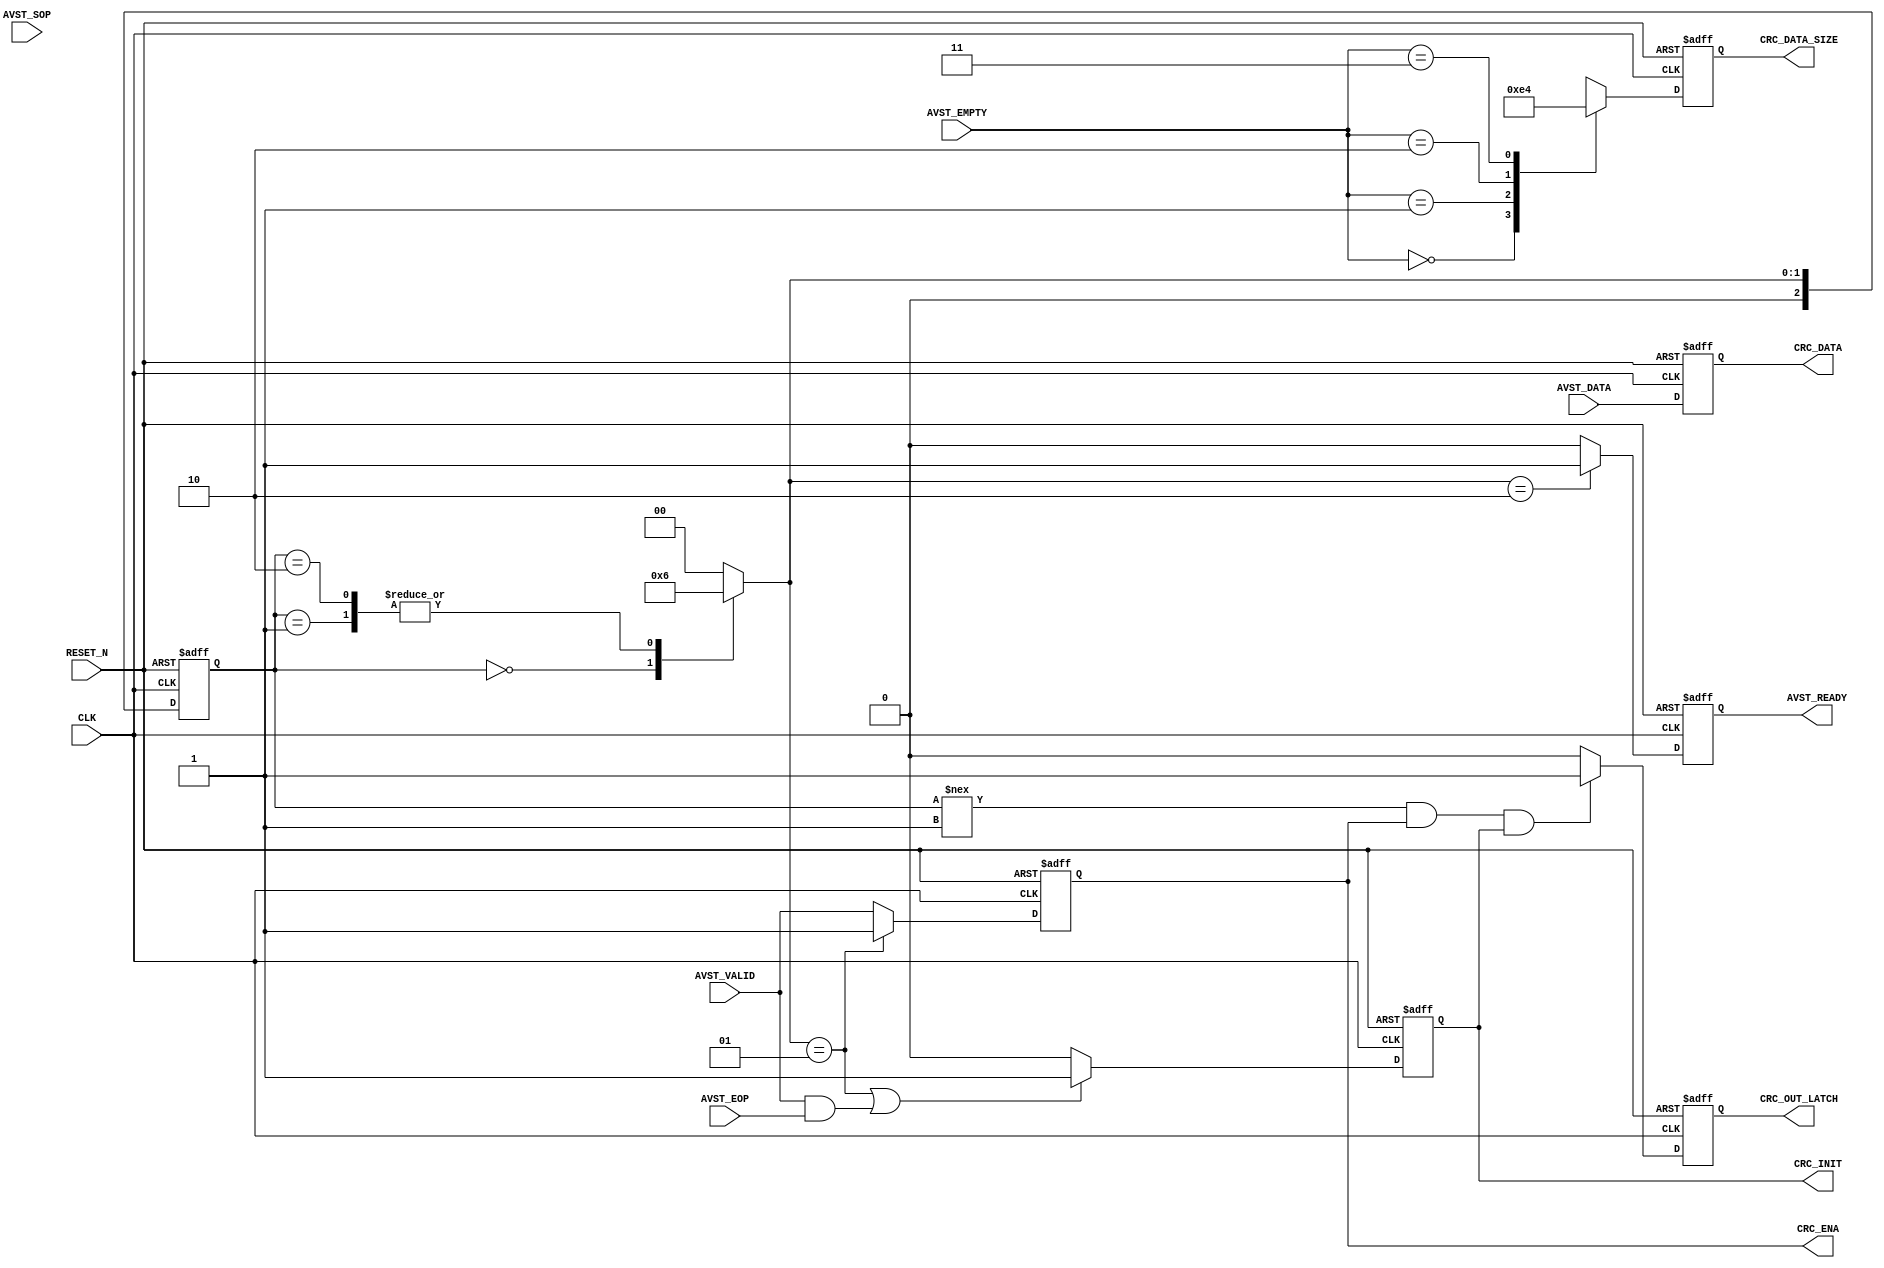
module avalon_st_to_crc_if_bridge (
	CLK,
	RESET_N,
	
	AVST_READY,
	AVST_VALID,
	AVST_SOP,
	AVST_DATA,
	AVST_EOP,
	AVST_EMPTY,
	
	CRC_ENA,
	CRC_INIT,
	CRC_DATA,
	CRC_DATA_SIZE,
	
	CRC_OUT_LATCH
);

parameter	DATA_WIDTH = 32;		//8,32,64,16(optional)
parameter	EMPTY_WIDTH = 2;		//x,2 ,3 ,1  	 

//FSM Parameter
localparam	rst  = 2'd0;
localparam	init = 2'd1;			//State init - Init the CRC32 Algorithm with 32'hffffffff
localparam	ready = 2'd2;			//Ready to transfer state

input						CLK;
input						RESET_N;
	
//Avalon ST Interface
output						AVST_READY;
input						AVST_VALID;
input						AVST_SOP;
input	[DATA_WIDTH-1:0]	AVST_DATA;
input						AVST_EOP;
input	[EMPTY_WIDTH-1:0]	AVST_EMPTY;


//CRC Interface
output						CRC_ENA;
output						CRC_INIT;
output	[DATA_WIDTH-1:0]	CRC_DATA;
output	[EMPTY_WIDTH-1:0]	CRC_DATA_SIZE;

//CRC Latch indication
output						CRC_OUT_LATCH;	//0 - CRC not valid, 1 - CRC is valid

reg							CRC_ENA;
reg							CRC_INIT;
reg		[DATA_WIDTH-1:0]	CRC_DATA;
reg		[EMPTY_WIDTH-1:0]	CRC_DATA_SIZE;	

reg		[2:0]	state, next;
reg				CRC_OUT_LATCH;
reg				AVST_READY;

always @(posedge CLK or negedge RESET_N)
	if (!RESET_N)
		AVST_READY <= 1'b0;
	else if (next == ready)
		AVST_READY <= 1'b1;
	else 
		AVST_READY <= 1'b0;

//FSM Init Control	
always @(posedge CLK or negedge RESET_N)
	if (!RESET_N)
		state <= rst;
	else
		state <= next;
		
always @*
	case (state)
		rst	 :
			next = init;
			
		init:
			next = ready;
			 
		ready :
			next = ready;
				
		default:
			next = rst;
			
	endcase					
	
//CRC32 Interface 
always @(posedge CLK or negedge RESET_N)
	if (!RESET_N)
		CRC_ENA <= 1'b0;
	else if (next == init)
		CRC_ENA <= 1'b1;
	else
		CRC_ENA <= AVST_VALID;
		
always @(posedge CLK or negedge RESET_N)
	if (!RESET_N)		
		CRC_INIT <= 1'b0;
	else if ((next == init) || (AVST_VALID && AVST_EOP))
		CRC_INIT <= 1'b1;
	else
		CRC_INIT <= 1'b0;
		
always @(posedge CLK or negedge RESET_N)
	if (!RESET_N)		
		CRC_DATA <= {DATA_WIDTH{1'b0}};
	else
		CRC_DATA <= AVST_DATA;  	
		
generate
	if (DATA_WIDTH == 8) begin
		
		always @(*)
			CRC_DATA_SIZE = {EMPTY_WIDTH{1'b0}}; 
			
	end		
	else if (DATA_WIDTH == 16) begin
		
		always @(posedge CLK or negedge RESET_N)
			if (!RESET_N)		
				CRC_DATA_SIZE <= {EMPTY_WIDTH{1'b0}};
			else
				case (AVST_EMPTY)
					1'b0:
						CRC_DATA_SIZE <= 1'b1;
					1'b1:
						CRC_DATA_SIZE <= 1'b0;
					default:
						CRC_DATA_SIZE <= 1'b1;
				endcase
				
	end
	else if (DATA_WIDTH == 32) begin
	
		always @(posedge CLK or negedge RESET_N)
			if (!RESET_N)		
				CRC_DATA_SIZE <= {EMPTY_WIDTH{1'b0}};
			else
				case (AVST_EMPTY)
					2'b00:
						CRC_DATA_SIZE <= 2'b11;
					2'b01:
						CRC_DATA_SIZE <= 2'b10;
					2'b10:
						CRC_DATA_SIZE <= 2'b01;
					2'b11:
						CRC_DATA_SIZE <= 2'b00;	
					default:
						CRC_DATA_SIZE <= 2'b11;
				endcase
				
	end
	else if (DATA_WIDTH == 64) begin
		
		always @(posedge CLK or negedge RESET_N)
			if (!RESET_N)		
				CRC_DATA_SIZE <= {EMPTY_WIDTH{1'b0}};
			else
				case (AVST_EMPTY)
					3'b000:
						CRC_DATA_SIZE <= 3'b111;
					3'b001:
						CRC_DATA_SIZE <= 3'b110;
					3'b010:
						CRC_DATA_SIZE <= 3'b101;
					3'b011:
						CRC_DATA_SIZE <= 3'b100;	
					3'b100:
						CRC_DATA_SIZE <= 3'b011;
					3'b101:
						CRC_DATA_SIZE <= 3'b010;
					3'b110:
						CRC_DATA_SIZE <= 3'b001;
					3'b111:
						CRC_DATA_SIZE <= 3'b000;		
					default:
						CRC_DATA_SIZE <= 3'b111;
				endcase
				
	end
endgenerate

always @(posedge CLK or negedge RESET_N)
	if (!RESET_N)
		CRC_OUT_LATCH <= 1'b0;
	else if ((state !== init) && CRC_ENA && CRC_INIT)
		CRC_OUT_LATCH <= 1'b1;
	else
		CRC_OUT_LATCH <= 1'b0;
		
endmodule